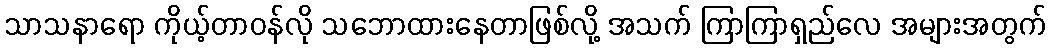
သာသနာရော ကိုယ့်တာဝန်လို သဘောထားနေတာဖြစ်လို့ အသက် ကြာကြာရှည်လေ အများအတွက်